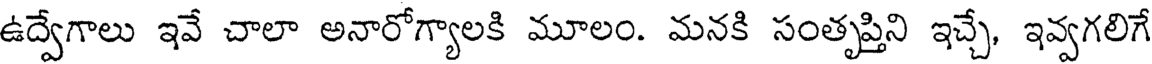
ఉద్వేగాలు ఇవే చాలా అనారోగ్యాలకి మూలం. మనకి సంతృప్తిని ఇచ్చే, ఇవ్వగలిగే